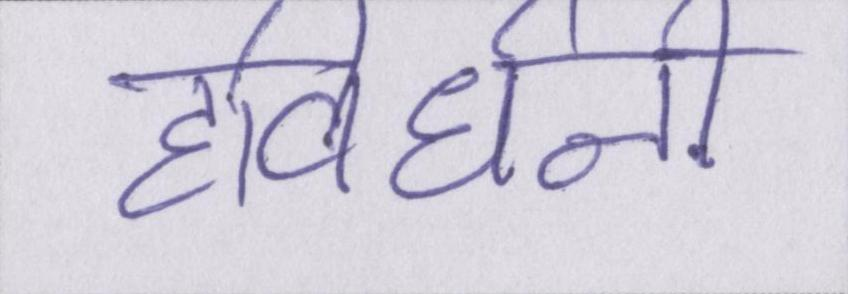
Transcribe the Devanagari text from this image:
हविर्धनी